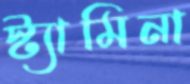
স্ট্যামিনা